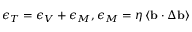
\epsilon _ { T } = \epsilon _ { V } + \epsilon _ { M } , \epsilon _ { M } = \eta \left< { \bf b } \cdot \Delta { \bf b } \right>